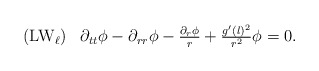
\begin{align*}\begin{array}{rc}({\rm LW}_{\ell})&\partial_{tt}\phi-\partial_{rr}\phi-\frac{\partial_r\phi}{r}+\frac{g'(l)^2}{r^2}\phi=0.\\\end{array}\end{align*}